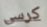
كرسي